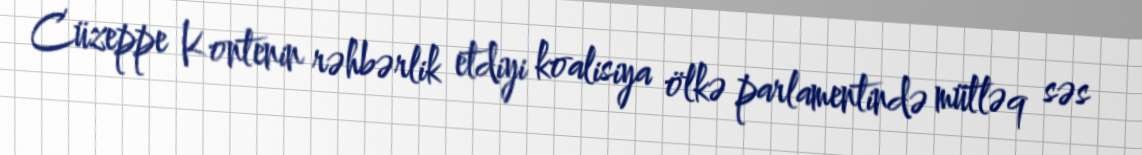
Cüzeppe Kontenin rəhbərlik etdiyi koalisiya ölkə parlamentində mütləq səs